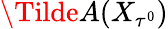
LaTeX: \Tilde{A}(X_{\tau^{0}})